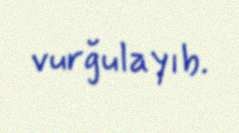
vurğulayıb.